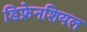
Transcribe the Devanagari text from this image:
डिफ्रेनशियल